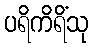
ပရိကိရိံသု